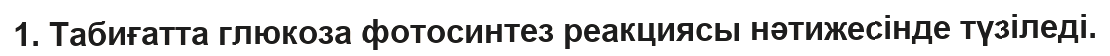
1. Табиғатта глюкоза фотосинтез реакциясы нәтижесінде түзіледі.